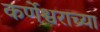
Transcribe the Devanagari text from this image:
कर्णेश्वराच्या